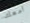
أمعك